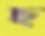
ছ